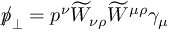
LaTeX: p \llap / _ { \bot } = p ^ { \nu } \widetilde { W } _ { \nu \rho } \widetilde { W } ^ { \mu \rho } \gamma _ { \mu }